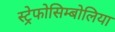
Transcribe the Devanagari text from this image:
स्ट्रेफोसिम्बोलिया